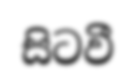
සිටවී